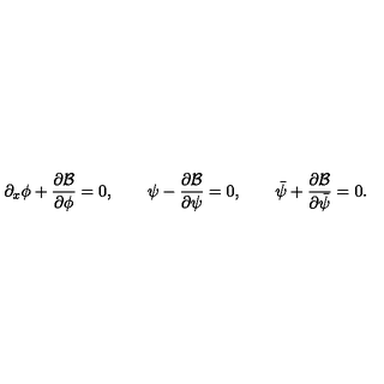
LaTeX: \partial _ { x } \phi + \frac { \partial { \cal B } } { \partial \phi } = 0 , \qquad \psi - \frac { \partial { \cal B } } { \partial \psi } = 0 , \qquad \bar { \psi } + \frac { \partial { \cal B } } { \partial \bar { \psi } } = 0 .